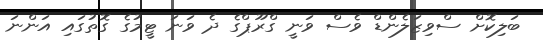
ބަލިކޮށް ސްވިޒަލެންޑް ވެސް ވަނީ ގްރޫޕްގެ ދެ ވަނަ ޓީމުގެ ގޮތުގައި އަންނަ